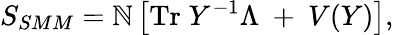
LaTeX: S_{SMM}=\mathbb{N}\left[\mathrm{{Tr}}\; Y^{-1}\Lambda~+~V(Y)\right],